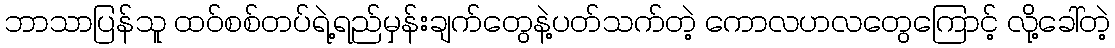
ဘာသာပြန်သူ ထဝ်စစ်တပ်ရဲ့ရည်မှန်းချက်တွေနဲ့ပတ်သက်တဲ့ ကောလဟလတွေကြောင့် လို့ခေါ်တဲ့